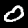
Label: 0